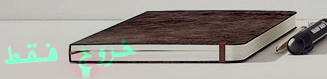
خروج فقط